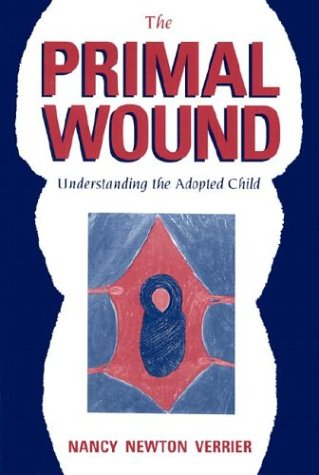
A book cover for The Primal Wound: Understanding the Adopted Child; Nancy Newton Verrier; Parenting & Relationships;